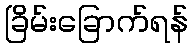
ခြိမ်းခြောက်ရန်